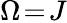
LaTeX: \Omega\! =\! J